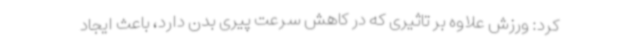
کرد: ورزش علاوه بر تاثیری که در کاهش سرعت پیری بدن دارد، باعث ایجاد